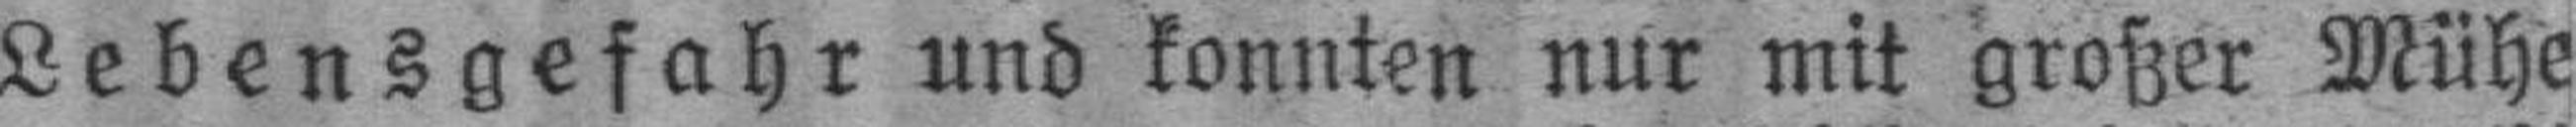
Lebensgefahr und konnten nur mit großer Mühe